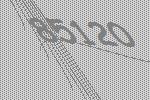
85120